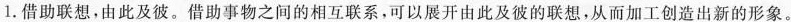
1.借助联想，由此及彼。借助事物之间的相互联系，可以展开由此及彼的联想，从而加工创造出新的形象。